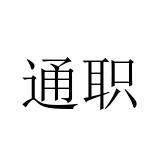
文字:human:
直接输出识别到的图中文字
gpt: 通职